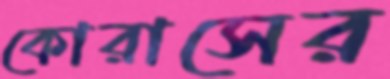
কোরাসের